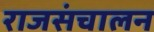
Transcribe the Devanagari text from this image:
राजसंचालन